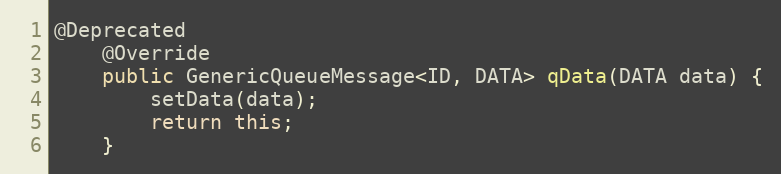
Language: Java
@Deprecated
    @Override
    public GenericQueueMessage<ID, DATA> qData(DATA data) {
        setData(data);
        return this;
    }